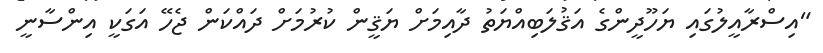
"އިސްރާއީލުގައި ޔަހޫދީންގެ އަޤުލަބިއްޔަތު ދާއިމަށް ޔަޤީން ކުރުމަށް ދައްކަން ޖެހޭ އަގަކީ އިންސާނީ